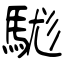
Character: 駹